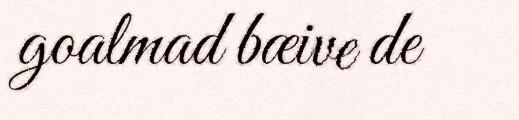
goalmad bæive de